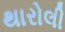
થારોલી